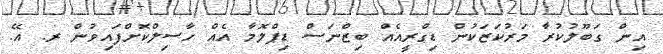
އިން ގަބޫލުކުރާ މަރުކަޒަކުން ޑިގްރީއެއް ބިޒްނަސް ޑިޕްލޮމާ އެއް ހާސިލްކޮށްފައިވުން ރ. އޭ.